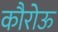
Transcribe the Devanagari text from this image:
कौरोऊ